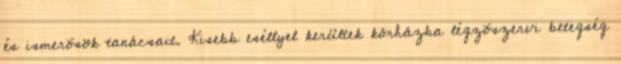
és ismerõsök tanácsait. Kisebb eséllyel kerültek kórházba légzõszervi betegség